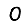
Digit: 0